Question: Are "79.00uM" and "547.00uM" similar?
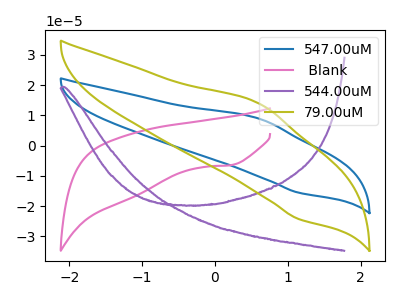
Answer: <think>The blue curve "547.00uM" has an anodic peak at (0.60V, 8.95uA) and a cathodic peak at (1.15V, -15.55uA). The pink curve " Blank" has a cathodic peak at: (0.20V, -6.45uA). The purple curve "544.00uM" has no peaks. The olive curve "79.00uM" has an anodic peak at (0.60V, 13.95uA) and a cathodic peak at (1.15V, -24.20uA).
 All the peaks in "79.00uM" have a peak in "547.00uM" at the same potential. Every peak in "79.00uM" is higher than every peak in "547.00uM".</think>
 <answer>"79.00uM" and "547.00uM" are similar in shape.</answer>
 <eval>same_shape</eval>